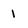
Character: 1